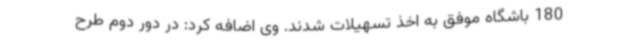
180 باشگاه موفق به اخذ تسهیلات شدند. وی اضافه کرد: در دور دوم طرح